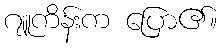
ဂျူကိန်းက ပြော၏။